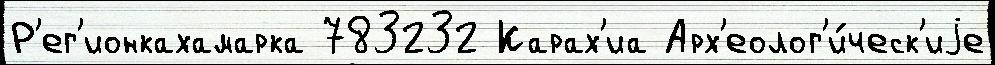
Р'ег'ионкахамарка 783232 Карах'иа Арх'еолог'и́ческ'иjе